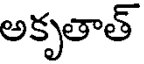
అకృతాత్